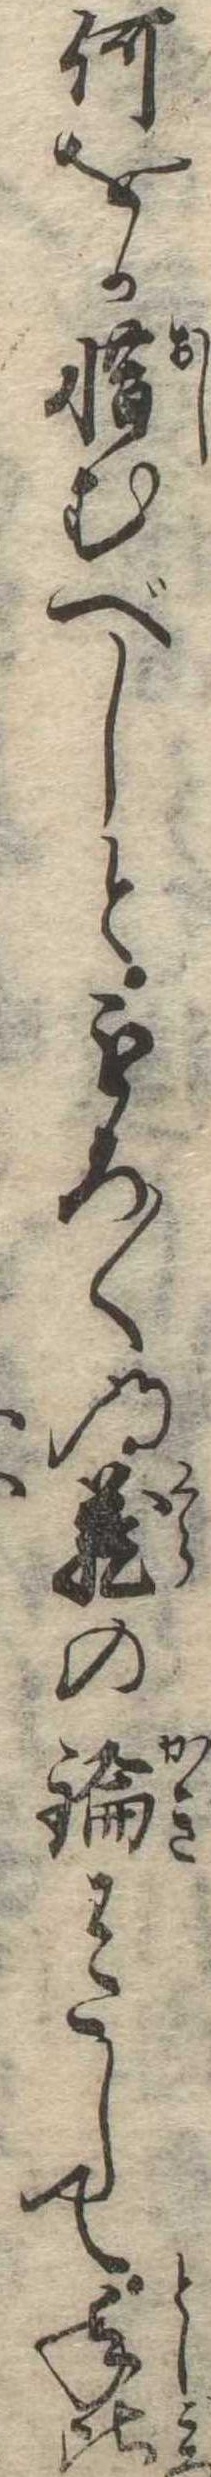
何をか惜むべしともろ〱の蔵の鑰わたして年比